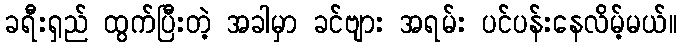
ခရီးရှည် ထွက်ပြီးတဲ့ အခါမှာ ခင်ဗျား အရမ်း ပင်ပန်းနေလိမ့်မယ်။